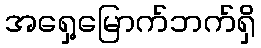
အရှေ့မြောက်ဘက်ရှိ